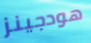
هودجينز